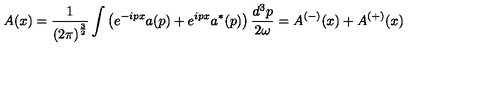
A ( x ) = \frac { 1 } { \left( 2 \pi \right) ^ { \frac { 3 } { 2 } } } \int \left( e ^ { - i p x } a ( p ) + e ^ { i p x } a ^ { * } ( p ) \right) \frac { d ^ { 3 } p } { 2 \omega } = A ^ { \left( - \right) } ( x ) + A ^ { ( + ) } ( x )